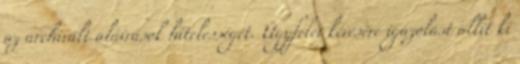
az archivált aláírások hitelességét. Ügyfelei kérésére igazolást állít ki